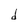
Character: d